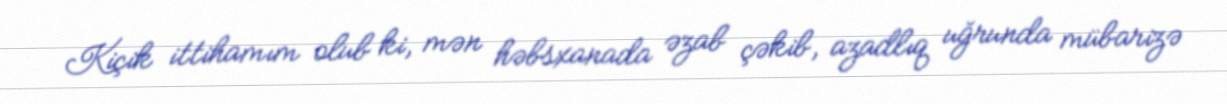
Kiçik ittihamım olub ki, mən həbsxanada əzab çəkib, azadlıq uğrunda mübarizə